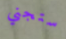
ستجني